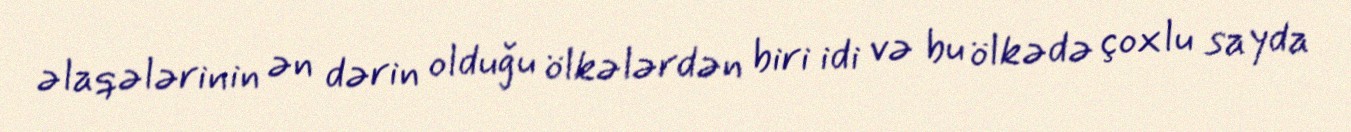
əlaqələrinin ən dərin olduğu ölkələrdən biri idi və bu ölkədə çoxlu sayda